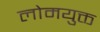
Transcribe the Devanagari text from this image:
लोमयुक्त